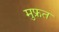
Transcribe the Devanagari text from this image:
मुफ्रत